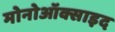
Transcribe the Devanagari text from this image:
मोनोऑक्साइद